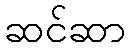
ဆင်ဆာ